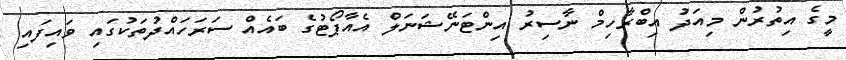
މީގެ އިތުރުން މިއަދު އިބްރާހިމް ނާސިރު އިންޓަނޭޝަނަލް އެއާޕޯޓުގެ ބައެއް ސަރަހައްދުތަކުގައި ވައިފައި